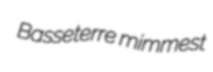
Basseterre mimmest